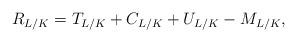
LaTeX: \begin{align*}R_{L/K} = T_{L/K} + C_{L/K} + U_{L/K} - M_{L/K},\end{align*}